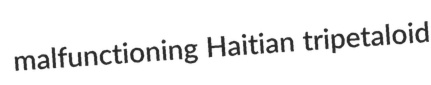
malfunctioning Haitian tripetaloid